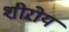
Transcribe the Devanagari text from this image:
शीरोय